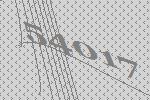
54017